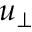
u _ { \perp }